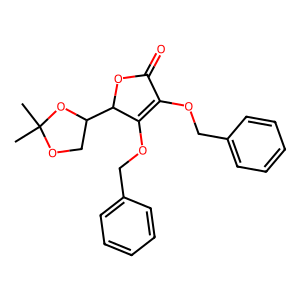
SMILES: CC1(C)OCC(C2OC(=O)C(OCc3ccccc3)=C2OCc2ccccc2)O1
Inhibits HIV replication: No